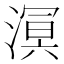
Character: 𣼗